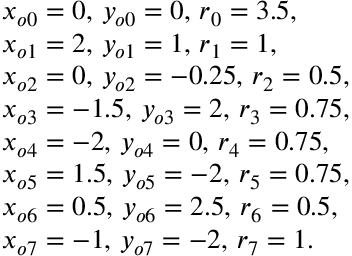
\begin{array} { r l } & { x _ { o 0 } = 0 , \, y _ { o 0 } = 0 , \, r _ { 0 } = 3 . 5 , } \\ & { x _ { o 1 } = 2 , \, y _ { o 1 } = 1 , \, r _ { 1 } = 1 , } \\ & { x _ { o 2 } = 0 , \, y _ { o 2 } = - 0 . 2 5 , \, r _ { 2 } = 0 . 5 , } \\ & { x _ { o 3 } = - 1 . 5 , \, y _ { o 3 } = 2 , \, r _ { 3 } = 0 . 7 5 , } \\ & { x _ { o 4 } = - 2 , \, y _ { o 4 } = 0 , \, r _ { 4 } = 0 . 7 5 , } \\ & { x _ { o 5 } = 1 . 5 , \, y _ { o 5 } = - 2 , \, r _ { 5 } = 0 . 7 5 , } \\ & { x _ { o 6 } = 0 . 5 , \, y _ { o 6 } = 2 . 5 , \, r _ { 6 } = 0 . 5 , } \\ & { x _ { o 7 } = - 1 , \, y _ { o 7 } = - 2 , \, r _ { 7 } = 1 . } \end{array}